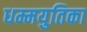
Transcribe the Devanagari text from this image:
धम्मयुतिका